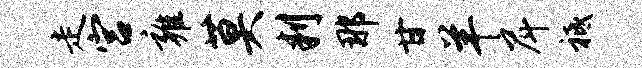
走宫雍莫判那甘羊戽祗